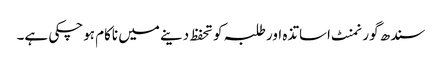
سندھ گورنمنٹ اساتذہ اور طلبہ کو تحفظ دینے میں ناکام ہوچکی ہے۔